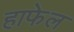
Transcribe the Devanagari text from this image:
हाफेल